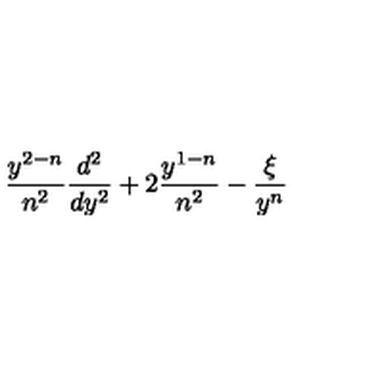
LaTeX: \frac { y ^ { 2 - n } } { n ^ { 2 } } \frac { d ^ { 2 } } { d y ^ { 2 } } + 2 \frac { y ^ { 1 - n } } { n ^ { 2 } } - \frac { \xi } { y ^ { n } }